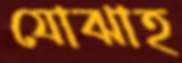
যোঝাহ